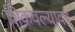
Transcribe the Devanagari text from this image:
शिकवल्यावर